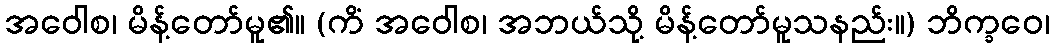
အဝေါစ၊ မိန့်တော်မူ၏။ (ကိံ အဝေါစ၊ အဘယ်သို့ မိန့်တော်မူသနည်း။) ဘိက္ခဝေ၊